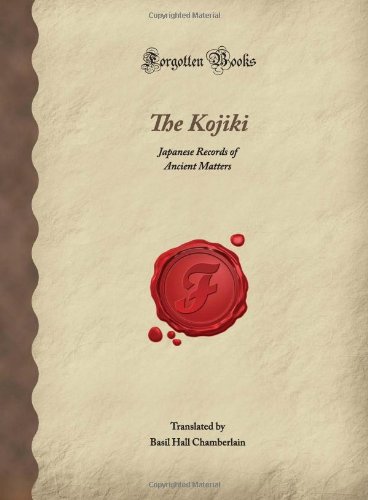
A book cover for The Kojiki: Japanese Records of Ancient Matters (Forgotten Books); Religion & Spirituality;